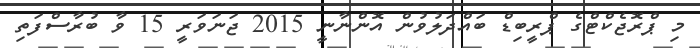
މި ޕްރޮޖެކްޓްގެ ޕްރީބިޑް ބައްދަލުވުން އޮންނާނީ 2015 ޖަނަވަރީ 15 ވާ ބުރާސްފަތި